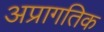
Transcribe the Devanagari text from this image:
अप्रागतिक